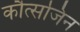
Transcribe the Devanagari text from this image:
कौत्सजिन